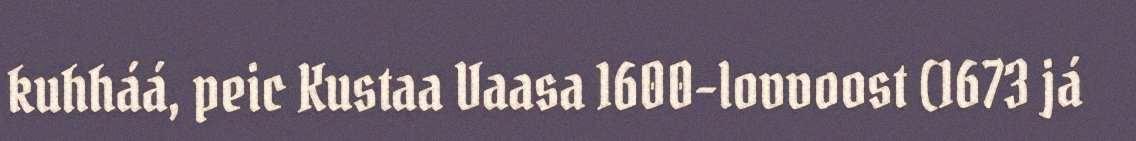
kuhháá, peic Kustaa Vaasa 1600-lovvoost (1673 já